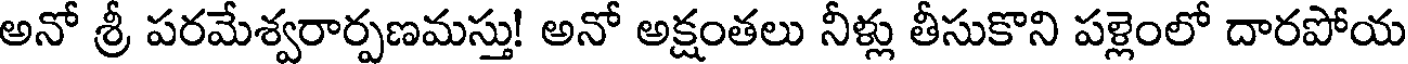
అనో శ్రీ పరమేశ్వరార్పణమస్తు! అనో అక్షంతలు నీళ్లు తీసుకొని పళ్లెంలో దారపోయ